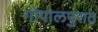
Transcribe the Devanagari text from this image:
गोपालपुरात